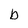
Character: b